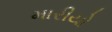
મારીયો